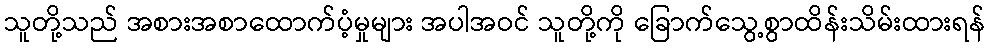
သူတို့သည် အစားအစာထောက်ပံ့မှုများ အပါအဝင် သူတို့ကို ခြောက်သွေ့စွာထိန်းသိမ်းထားရန်